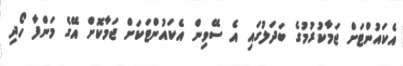
އެކައުންޓަށް ޖަމާކުރުމުގެ ބަދަލުގައި އެ ސޭވިން އެކައުންޓަކަށް ޖަމާކޮށް އޭގެ މަންފާ ހޯދި